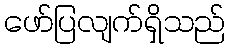
ဖော်ပြလျက်ရှိသည်